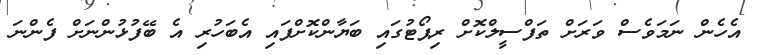
އެހެން ނަމަވެސް ވަރަށް ތަފްސީލްކޮށް ރިޕޯޓުގައި ބަޔާންކޮށްފައި އެބަހުރި އެ ބޭފުޅުންނަށް ފެންނަ